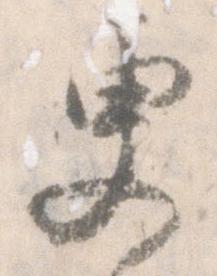
更